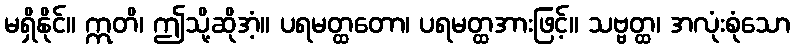
မရှိနိုင်။ ဣတိ၊ ဤသို့ဆိုအံ့။ ပရမတ္ထတော၊ ပရမတ္ထအားဖြင့်။ သဗ္ဗတ္ထ၊ အလုံးစုံသော